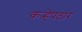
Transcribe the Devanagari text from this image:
कऱ्हेपठार